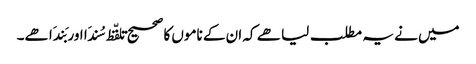
میں نے یہ مطلب لیا ھے کہ ان کے ناموں کا صحیح تلفّظ سُندَا اور بَندَا ھے۔